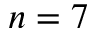
n = 7